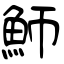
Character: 魳